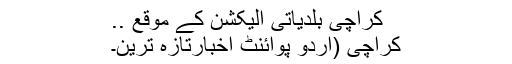
کراچی بلدیاتی الیکشن کے موقع ..
کراچی (اُردو پوائنٹ اخبارتازہ ترین۔